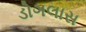
ડોગલાસ